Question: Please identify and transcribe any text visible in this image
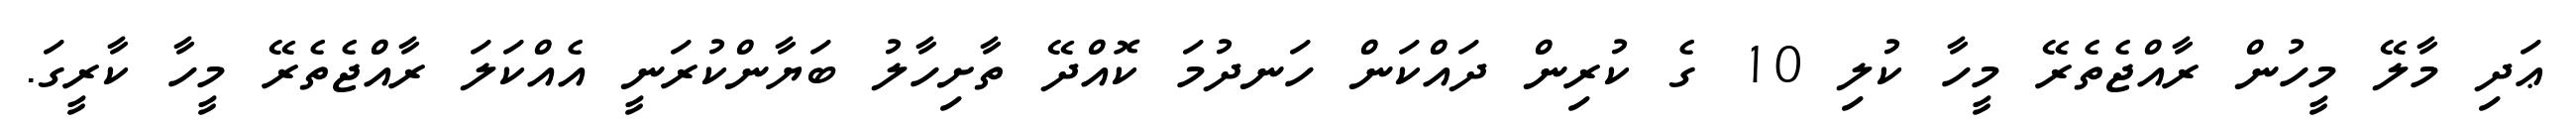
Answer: ޢަދި މާލޭ މީހުން ރާއްޖެތެރޭ މީހާ ކުލި 10 ގެ ކުރިން ދައްކަން ހަނދުމަ ކޮއްދޭ ތާށިހާލު ބަޔާންކުރަނީ އެއްކަލަ ރާއްޖެތެރޭ މީހާ ކާރީގަ.